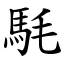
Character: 䭷